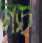
নাচ্‌